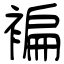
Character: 褊